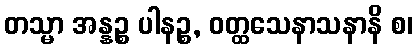
တသ္မာ အန္နဉ္စ ပါနဉ္စ, ဝတ္ထသေနာသနာနိ စ၊